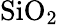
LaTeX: \mathrm{SiO}_{2}